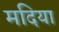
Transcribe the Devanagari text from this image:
मदिया